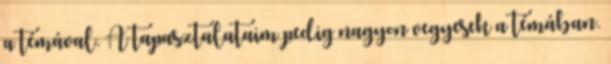
a témával. A tapasztalataim pedig nagyon vegyesek a témában.